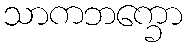
သာကဘက္ခော